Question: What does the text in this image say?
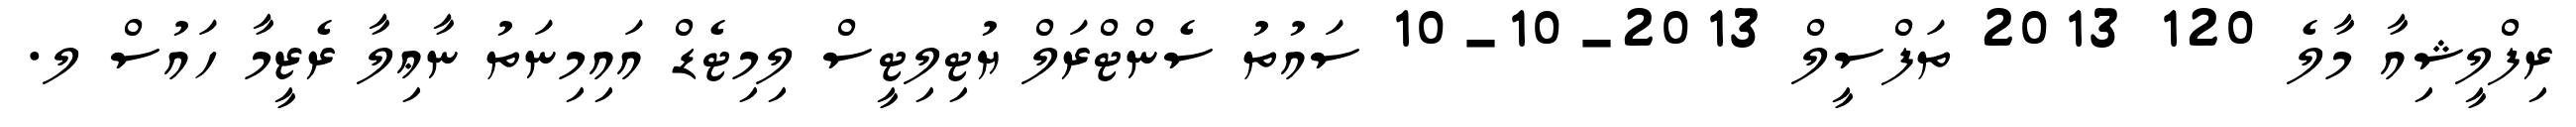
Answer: ރިފްލީޝިއާ މާލެ 120 2013 ތަފްސީލް 2013-10-10 ސައުތު ސެންޓްރަލް ޔުޓިލިޓީސް ލިމިޓެޑް އައިމިނަތު ނާޢިލާ ރެޒީމާ ހައުސް ލ.